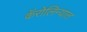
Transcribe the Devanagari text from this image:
कॅरोलिन्यात